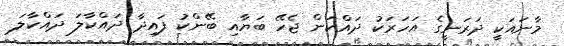
މާނައަކީ ދަރަނީގެ އަހަރަކު ދައްކަން ޖެހޭ ބަޔާއި ބޭންކު ފައިދާ ދައްކާލަ ދައްކާލަ